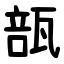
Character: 瓿